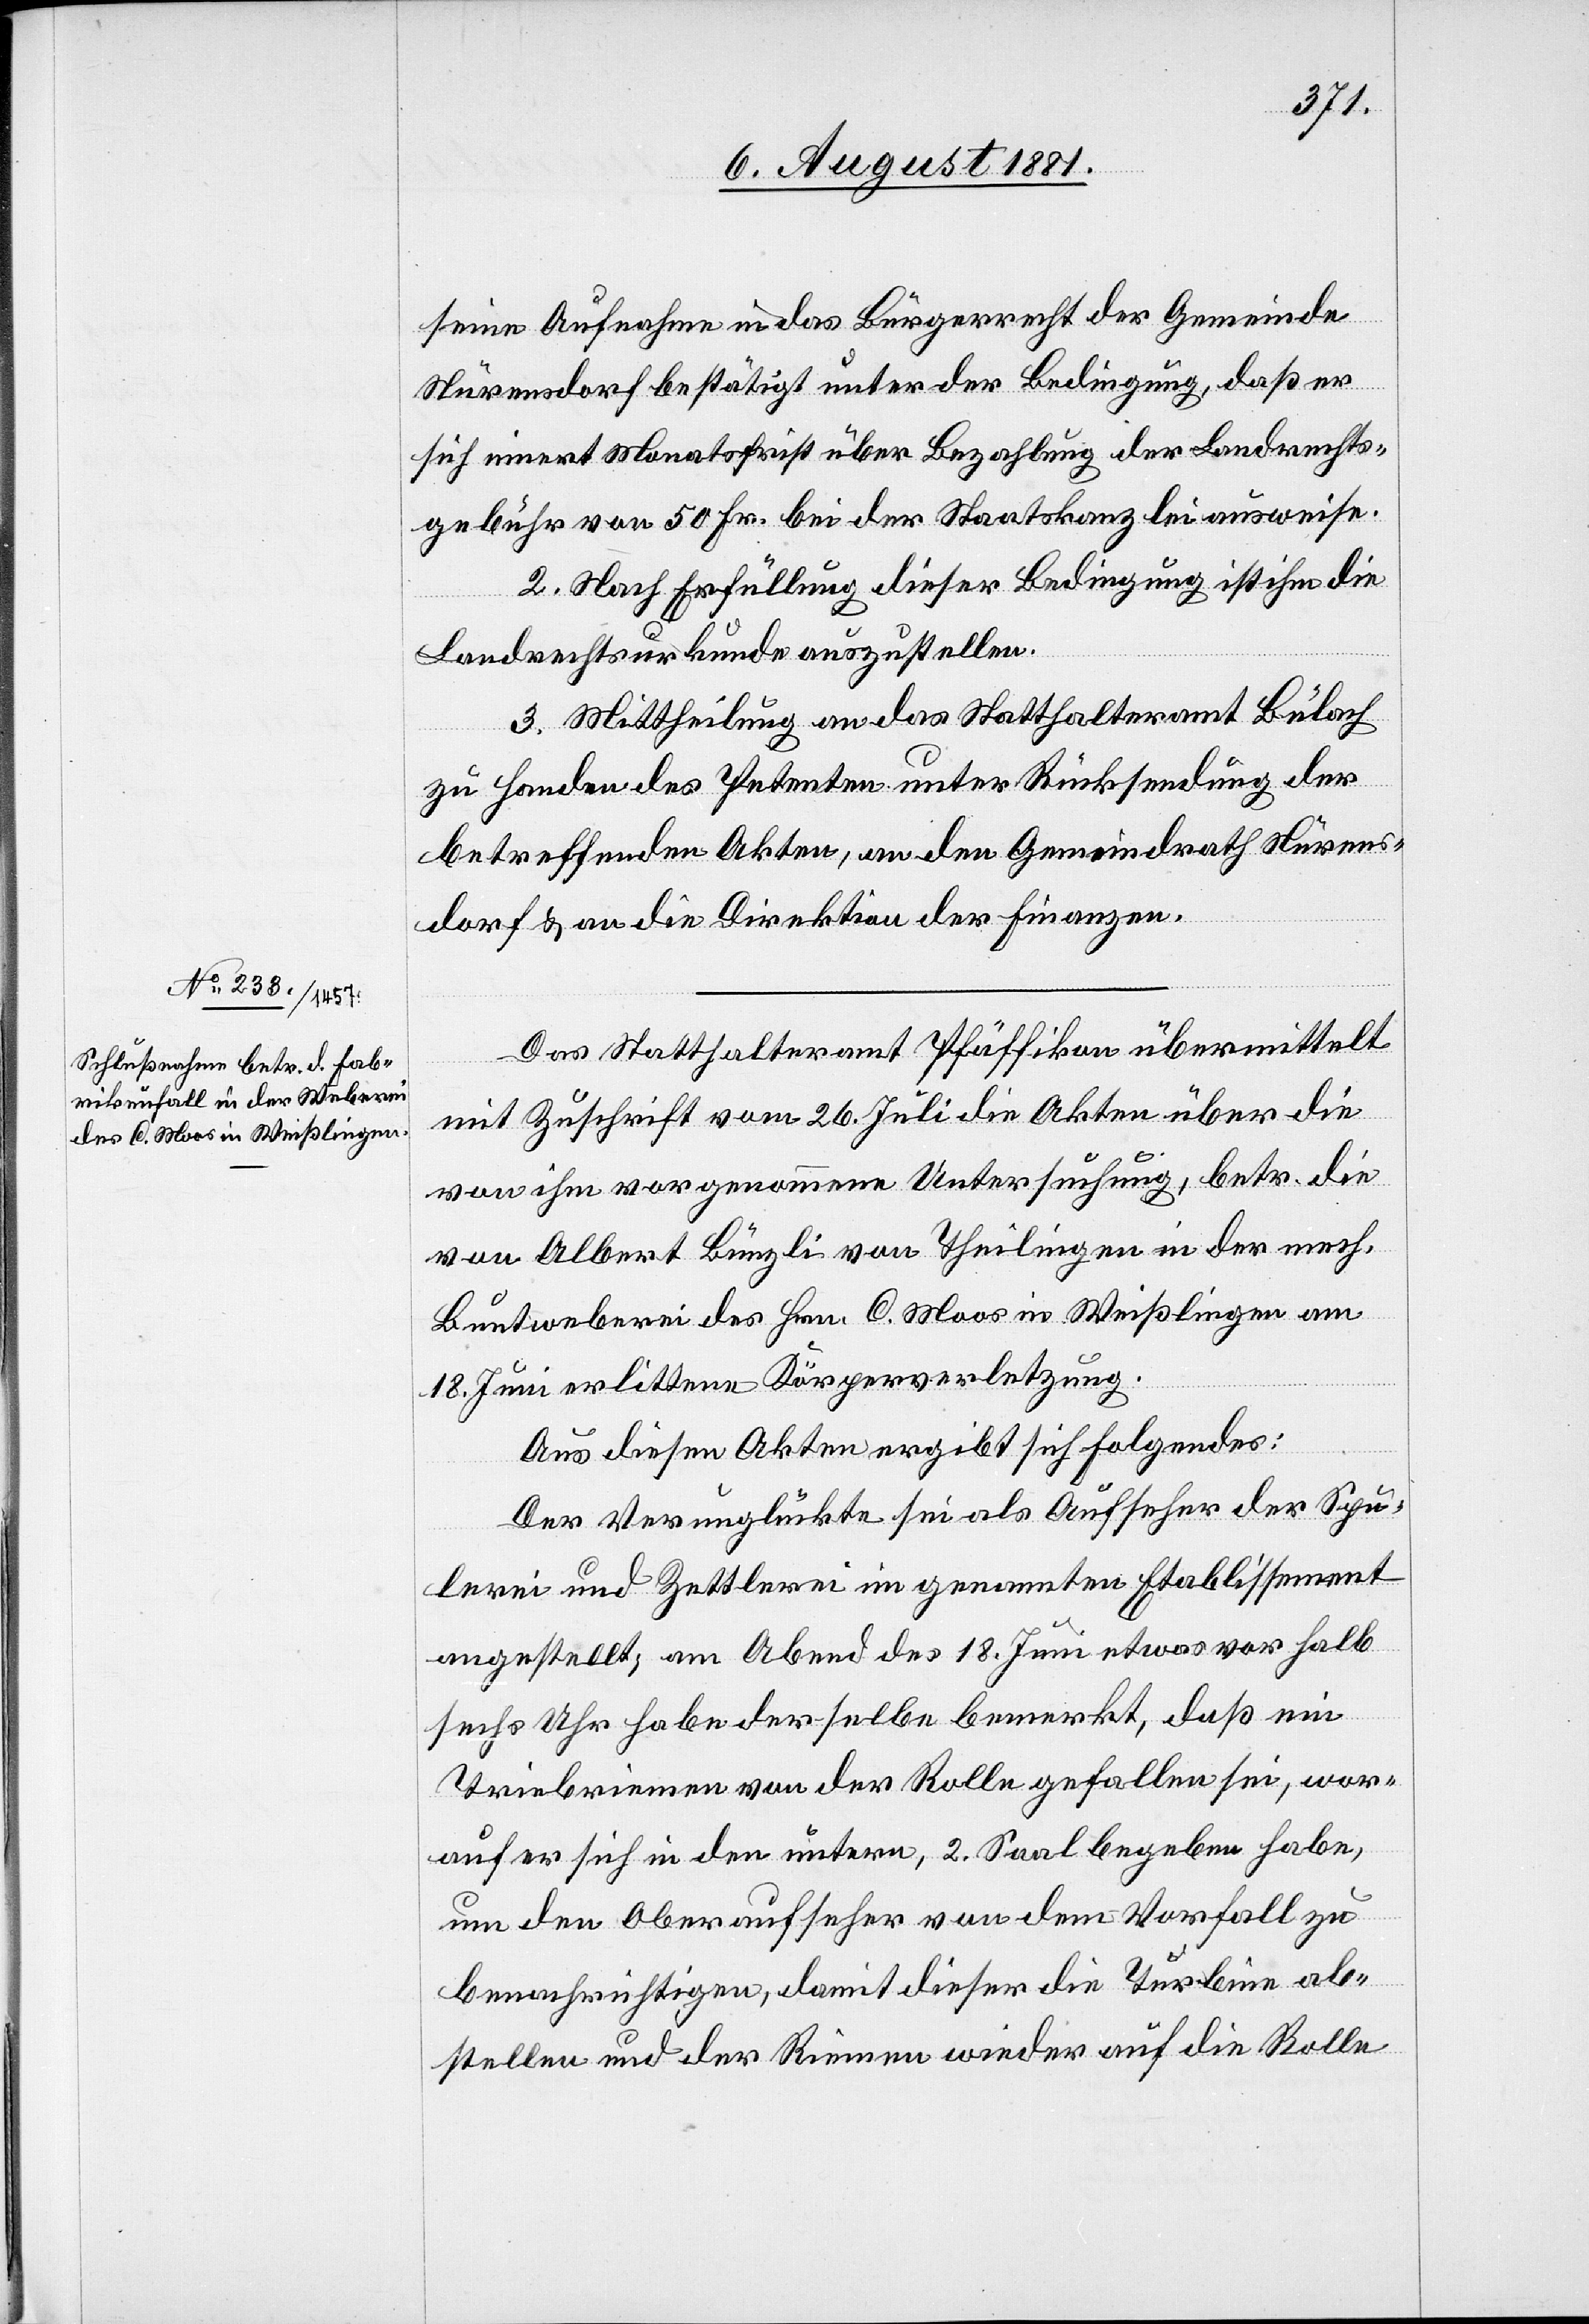
seine Aufnahme in das Bürgerrecht der Gemeinde
Nürensdorf bestätigt unter der Bedingung, daß er
sich einert Monatsfrist über Bezahlung der Landrechts¬
gebühr von 50 Fr. bei der Staatskanzlei ausweise.
2. Nach Erfüllung dieser Bedingung ist ihm die
Landrechtsurkunde auszustellen.
3. Mittheilung an das Statthalteramt Bülach
zu Handen des Petenten unter Rücksendung der
betreffenden Akten, an den Gemeindrath Nürens¬
dorf & an die Direktion der Finanzen.
Das Statthalteramt Pfäffikon übermittelt
mit Zuschrift vom 26. Juli die Akten über die
von ihm vorgenommene Untersuchung, betr. die
von Albert Bünzli von Theilingen in der mech.
Buntweberei des Hrn. C. Moos in Weißlingen am
18. Juni erlittene Körperverletzung.
Aus diesen Akten ergibt sich Folgendes:
Der Verunglückte sei als Aufseher der Spu¬
lerei und Zettlerei im genannten Etablissement
angestellt, am Abend des 18. Juni etwas vor halb
sechs Uhr habe derselbe bemerkt, daß ein
Triebriemen von der Rolle gefallen sei, wor¬
auf er sich in den untern, 2. Saal begeben habe,
um den Oberaufseher von dem Vorfall zu
benachrichtigen, damit dieser die Turbine ab¬
stellen und der Riemen wieder auf die Rolle